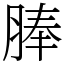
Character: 䏾